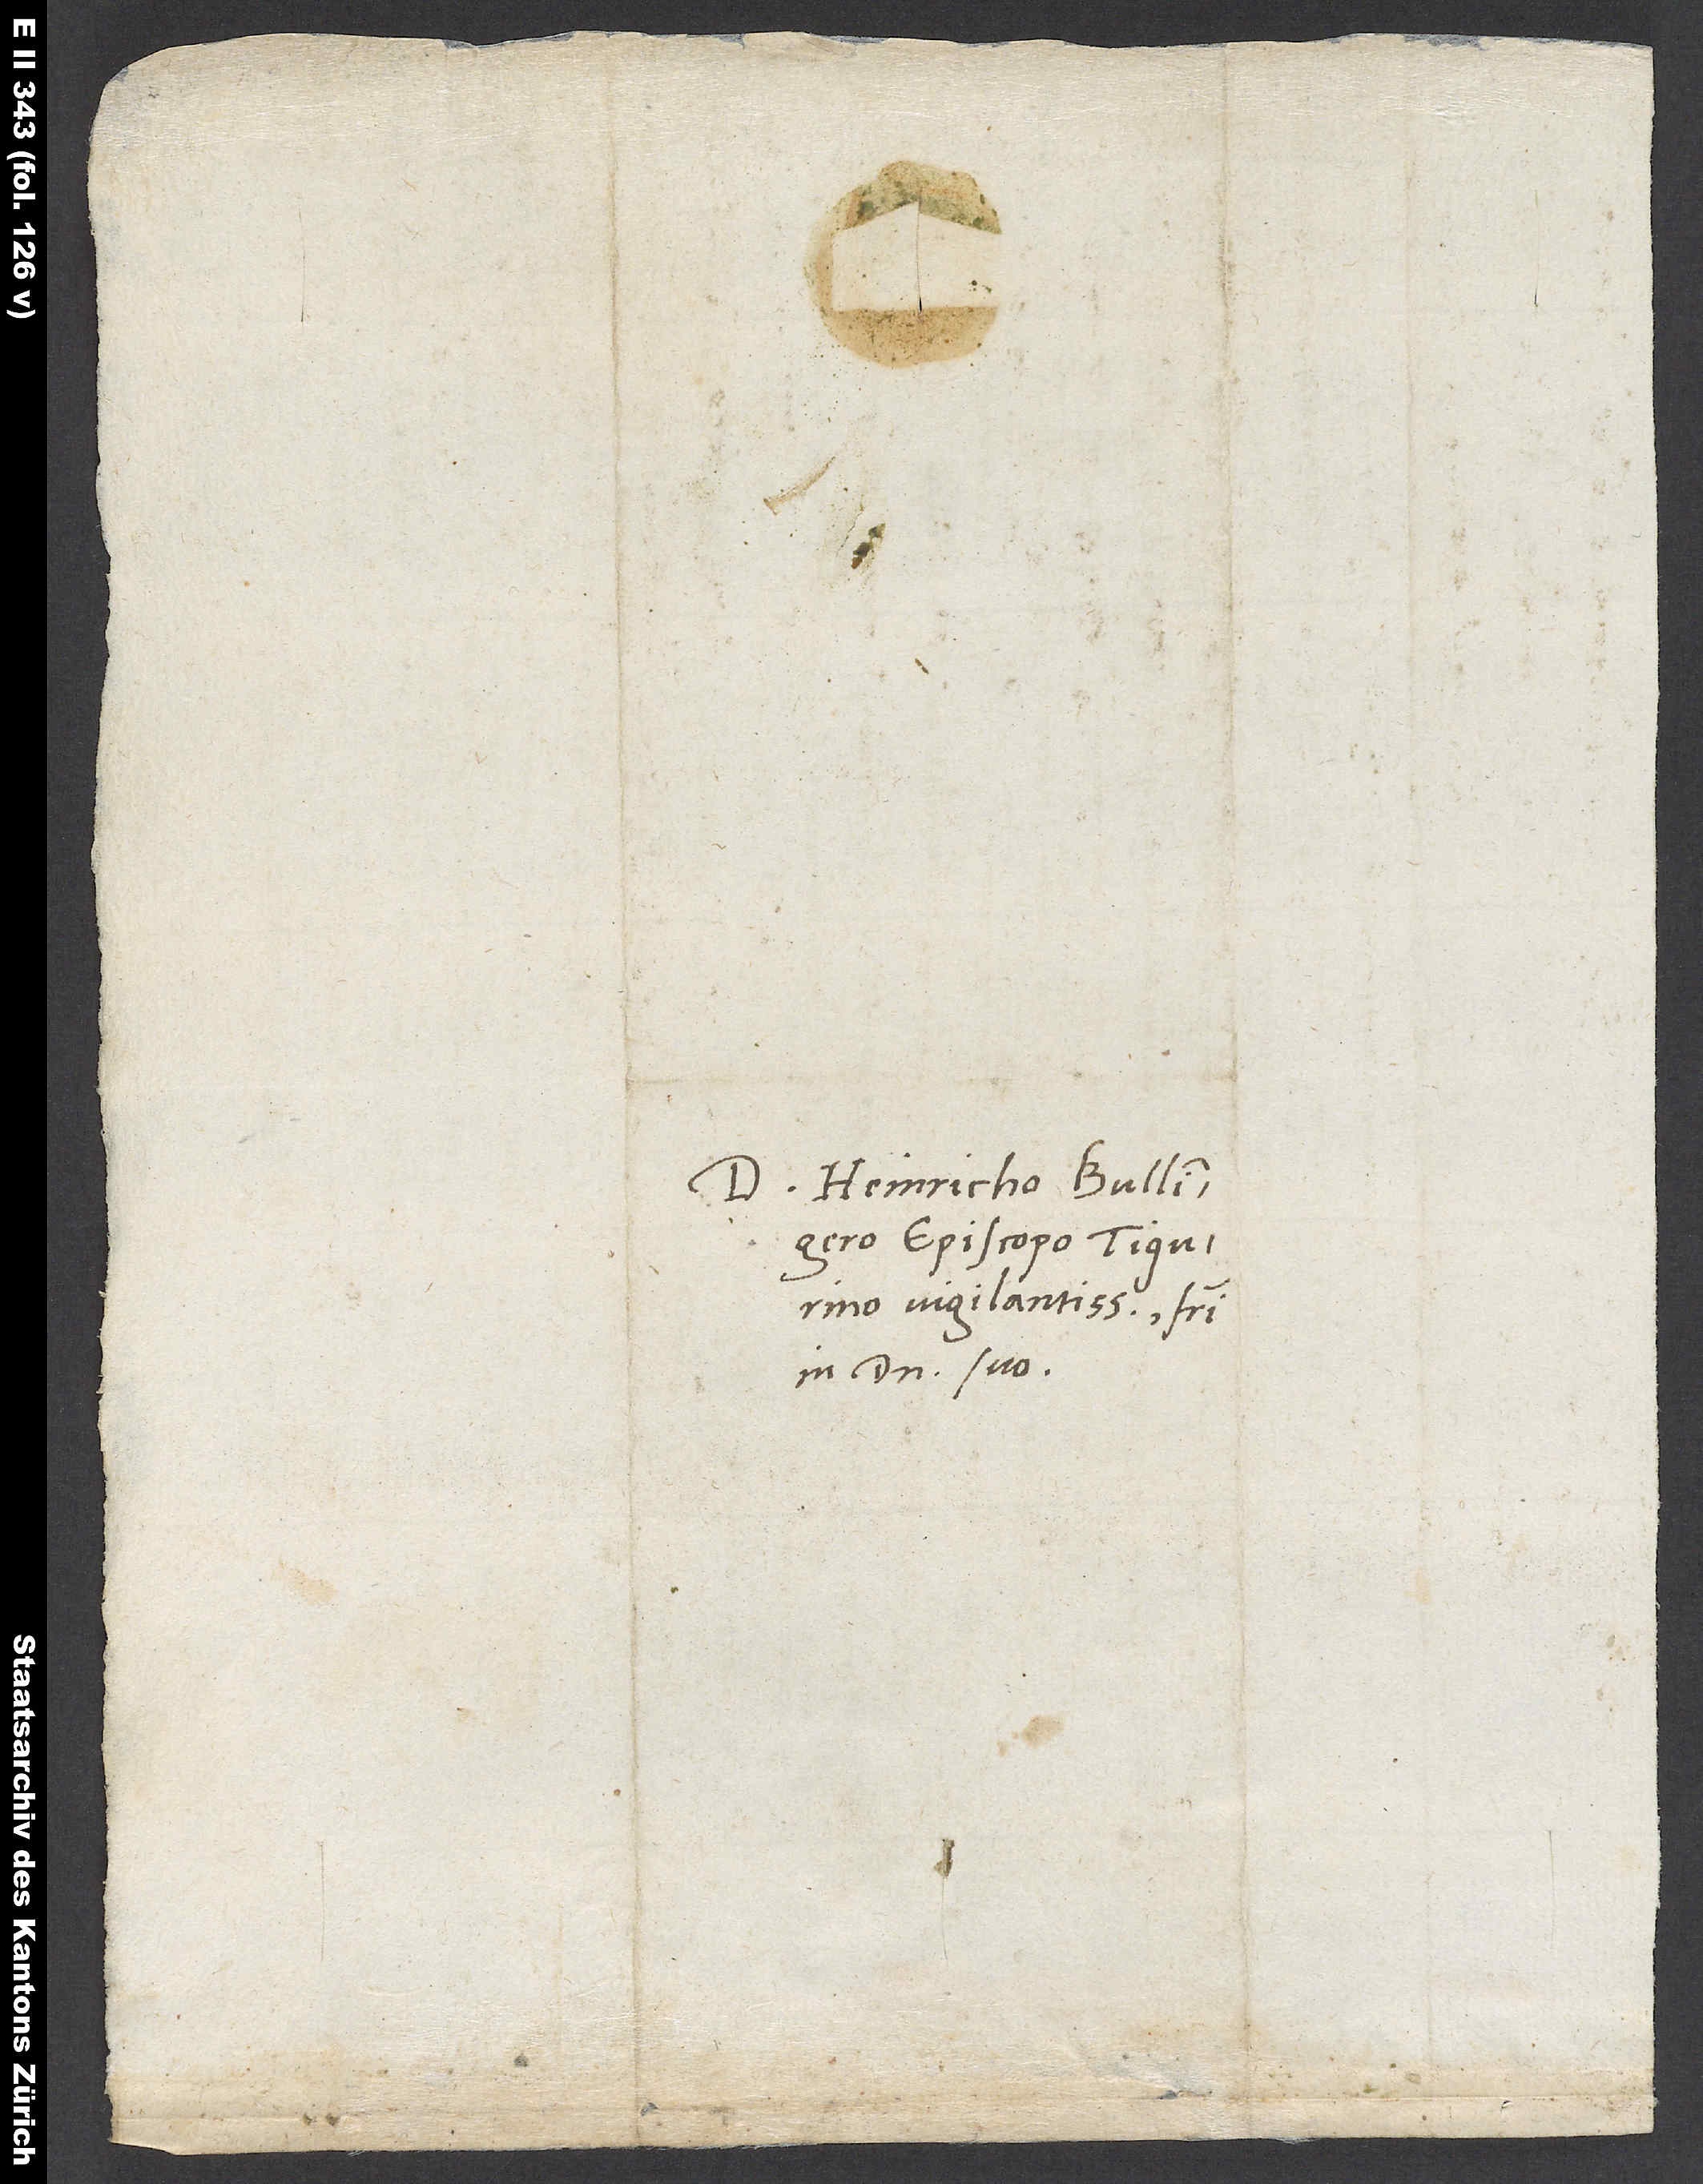
S.

Domino Heinricho Bullingero,
episcopo Tigurino
vigilantissimo, fratri
in domino suo.